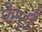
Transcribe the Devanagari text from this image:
पेस्‍ट्री